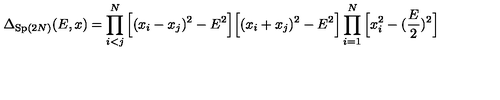
\Delta _ { \mathrm { S p } ( 2 N ) } ( E , x ) = \prod _ { i < j } ^ { N } \Big [ ( x _ { i } - x _ { j } ) ^ { 2 } - E ^ { 2 } \Big ] \Big [ ( x _ { i } + x _ { j } ) ^ { 2 } - E ^ { 2 } \Big ] \prod _ { i = 1 } ^ { N } \Big [ x _ { i } ^ { 2 } - ( \frac { E } { 2 } ) ^ { 2 } \Big ]